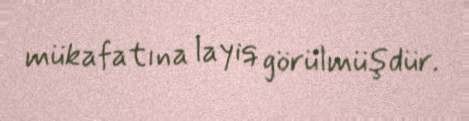
mükafatına layiq görülmüşdür.